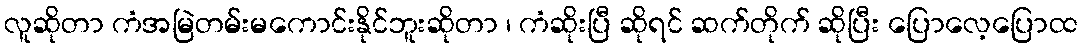
လူဆိုတာ ကံအမြဲတမ်းမကောင်းနိုင်ဘူးဆိုတာ ၊ ကံဆိုးပြီ ဆိုရင် ဆက်တိုက် ဆိုပြီး ပြောလေ့ပြောထ